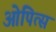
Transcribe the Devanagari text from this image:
ओपित्स